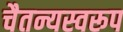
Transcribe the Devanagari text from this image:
चैतन्यस्वरूप